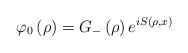
\begin{align*}\varphi_{0}\left( \rho\right) =G_{-}\left( \rho\right) e^{iS(\rho,x)}\end{align*}